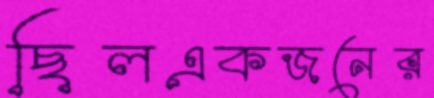
ছিলএকজনের